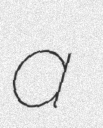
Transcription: a